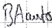
Text: BAauto